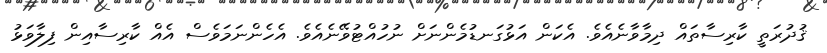
ޤުދުރަތީ ކާރިސާތައް ދިމާވާނެއެވެ. އެކަން އަޅުގަނޑުމެންނަށް ނުހުއްޓުވޭނެއެވެ. އެހެންނަމަވެސް އެއް ކާރިސާއިން ފިލާވަޅު